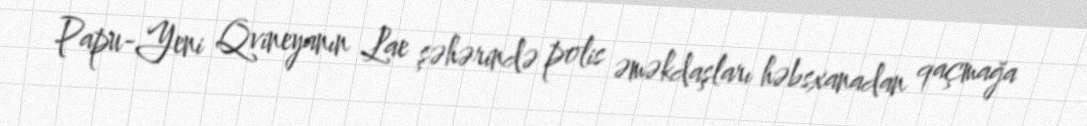
Papu-Yeni Qvineyanın Lae şəhərində polis əməkdaşları həbsxanadan qaçmağa